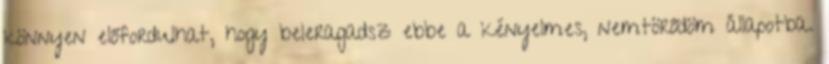
könnyen előfordulhat, hogy beleragadsz ebbe a kényelmes, nemtörődöm állapotba.